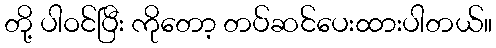
တို့ ပါဝင်ပြီး ကိုတော့ တပ်ဆင်ပေးထားပါတယ်။